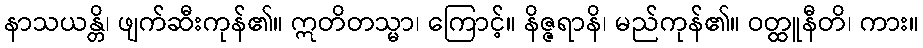
နာသယန္တိ၊ ဖျက်ဆီးကုန်၏။ ဣတိတသ္မာ၊ ကြောင့်။ နိဇ္ဇရာနိ၊ မည်ကုန်၏။ ဝတ္ထူနီတိ၊ ကား။